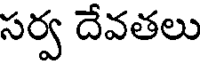
సర్వ దేవతలు